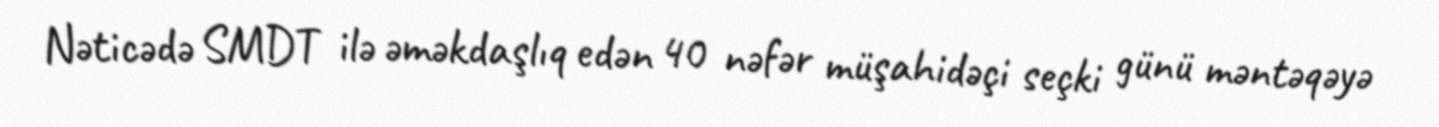
Nəticədə SMDT ilə əməkdaşlıq edən 40 nəfər müşahidəçi seçki günü məntəqəyə